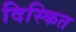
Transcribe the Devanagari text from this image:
दिस्कित